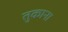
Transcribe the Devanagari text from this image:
तुकाना